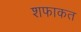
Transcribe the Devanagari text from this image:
शफाकत